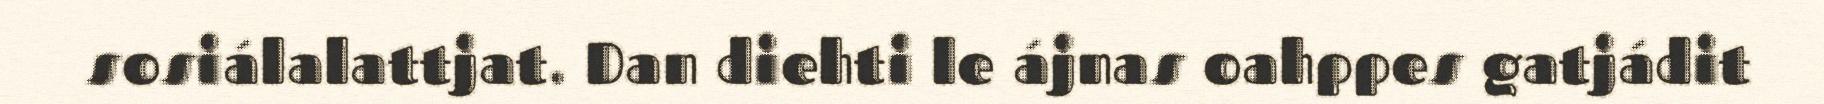
sosiálalattjat. Dan diehti le ájnas oahppes gatjádit